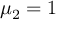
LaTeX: \mu _ { 2 } = 1